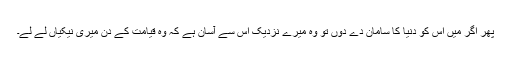
پھر اگر میں اس کو دنیا کا سامان دے دوں تو وہ میرے نزدیک اس سے آسان ہے کہ وہ قیامت کے دن میری نیکیاں لے لے۔